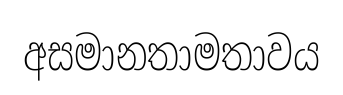
අසමානතාමතාවය